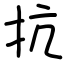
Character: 抗